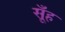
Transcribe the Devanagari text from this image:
सूँह